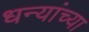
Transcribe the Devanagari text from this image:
धन्यांच्या